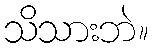
သိသားဘဲ။